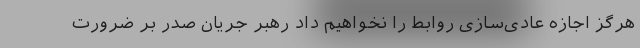
هرگز اجازه عادی‌سازی روابط را نخواهیم داد رهبر جریان صدر بر ضرورت